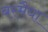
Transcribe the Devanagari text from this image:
बरमैया